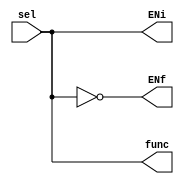

module Selector_Funcion(
    input sel,
    output func,
    output ENf,
    output ENi
    );

assign func=sel;
assign ENf=~sel;
assign ENi=sel;

endmodule